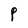
Character: P